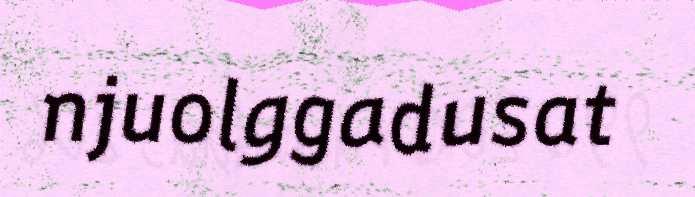
njuolggadusat